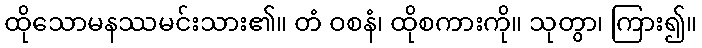
ထိုသောမနဿမင်းသား၏။ တံ ဝစနံ၊ ထိုစကားကို။ သုတွာ၊ ကြား၍။